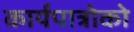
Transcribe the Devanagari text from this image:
कार्यपात्रोको